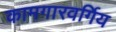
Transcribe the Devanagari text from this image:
कामगारवर्गिय